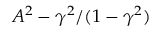
A ^ { 2 } - \gamma ^ { 2 } / ( 1 - \gamma ^ { 2 } )